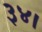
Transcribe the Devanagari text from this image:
३४।